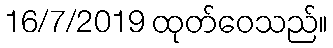
16/7/2019 ထုတ်ဝေသည်။